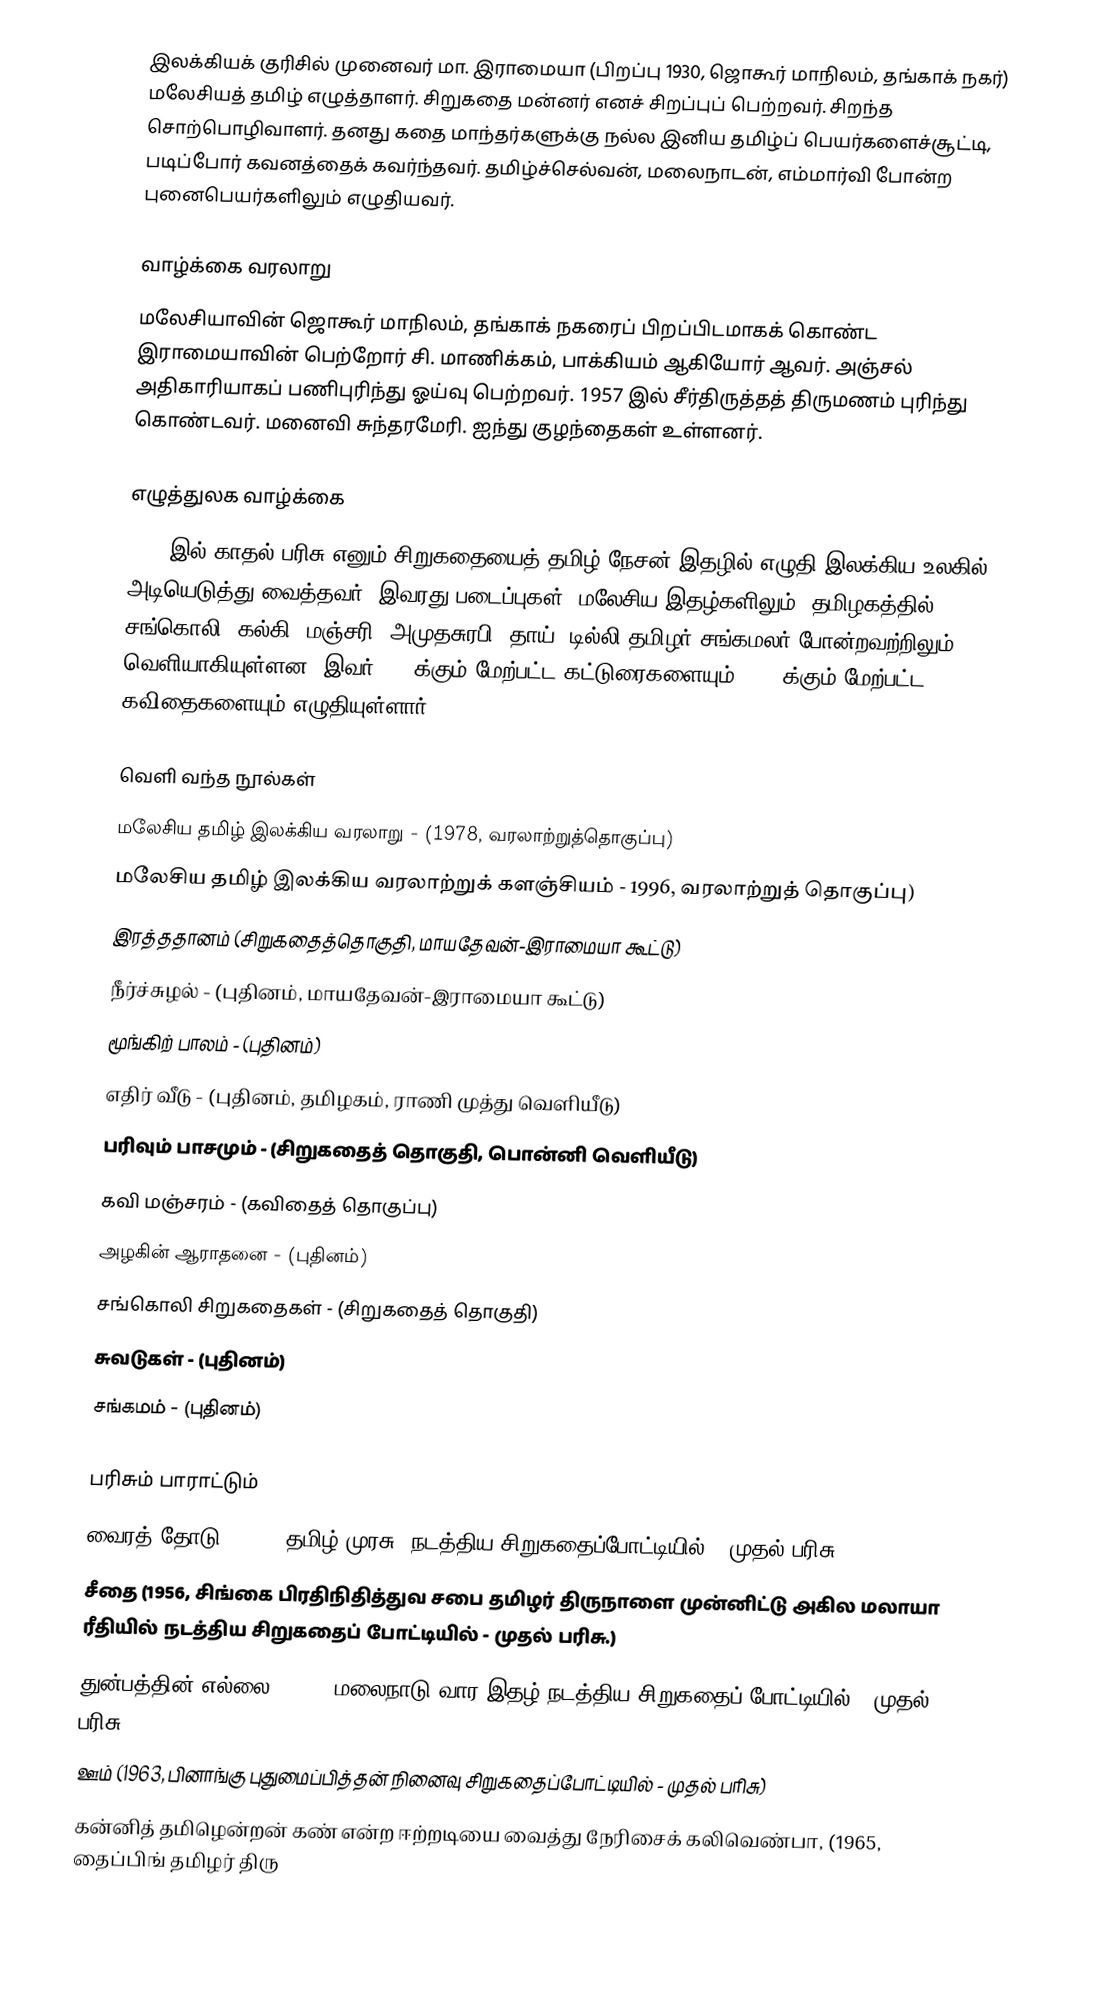
இலக்கியக் குரிசில் முனைவர் மா. இராமையா (பிறப்பு 1930, ஜொகூர் மாநிலம், தங்காக் நகர்) மலேசியத் தமிழ் எழுத்தாளர். சிறுகதை மன்னர் எனச் சிறப்புப் பெற்றவர். சிறந்த சொற்பொழிவாளர். தனது கதை மாந்தர்களுக்கு நல்ல இனிய தமிழ்ப் பெயர்களைச்சூட்டி, படிப்போர் கவனத்தைக் கவர்ந்தவர். தமிழ்ச்செல்வன், மலைநாடன், எம்மார்வி போன்ற புனைபெயர்களிலும் எழுதியவர்.

வாழ்க்கை வரலாறு
மலேசியாவின் ஜொகூர் மாநிலம், தங்காக் நகரைப் பிறப்பிடமாகக் கொண்ட இராமையாவின் பெற்றோர் சி. மாணிக்கம், பாக்கியம் ஆகியோர் ஆவர். அஞ்சல் அதிகாரியாகப் பணிபுரிந்து ஓய்வு பெற்றவர். 1957 இல் சீர்திருத்தத் திருமணம் புரிந்து கொண்டவர். மனைவி சுந்தரமேரி. ஐந்து குழந்தைகள் உள்ளனர்.

எழுத்துலக வாழ்க்கை
1946 இல் காதல் பரிசு எனும் சிறுகதையைத் தமிழ் நேசன் இதழில் எழுதி இலக்கிய உலகில் அடியெடுத்து வைத்தவர். இவரது படைப்புகள், மலேசிய இதழ்களிலும், தமிழகத்தில் சங்கொலி, கல்கி, மஞ்சரி, அமுதசுரபி, தாய், டில்லி தமிழர் சங்கமலர் போன்றவற்றிலும் வெளியாகியுள்ளன. இவர் 500 க்கும் மேற்பட்ட கட்டுரைகளையும், 100 க்கும் மேற்பட்ட கவிதைகளையும் எழுதியுள்ளார்.

வெளி வந்த நூல்கள்
 மலேசிய தமிழ் இலக்கிய வரலாறு - (1978, வரலாற்றுத்தொகுப்பு)
 மலேசிய தமிழ் இலக்கிய வரலாற்றுக் களஞ்சியம் - 1996, வரலாற்றுத் தொகுப்பு)
 இரத்ததானம் (சிறுகதைத்தொகுதி, மாயதேவன்-இராமையா கூட்டு)
 நீர்ச்சுழல் - (புதினம், மாயதேவன்-இராமையா கூட்டு)
 மூங்கிற் பாலம் - (புதினம்)
 எதிர் வீடு - (புதினம், தமிழகம், ராணி முத்து வெளியீடு)
 பரிவும் பாசமும் - (சிறுகதைத் தொகுதி, பொன்னி வெளியீடு)
 கவி மஞ்சரம் - (கவிதைத் தொகுப்பு)
 அழகின் ஆராதனை - (புதினம்)
 சங்கொலி சிறுகதைகள் - (சிறுகதைத் தொகுதி)
 சுவடுகள் - (புதினம்)
 சங்கமம் - (புதினம்)

பரிசும் பாராட்டும்
 வைரத் தோடு (1951, தமிழ் முரசு' நடத்திய சிறுகதைப்போட்டியில் - முதல் பரிசு.)
 சீதை (1956, சிங்கை பிரதிநிதித்துவ சபை தமிழர் திருநாளை முன்னிட்டு அகில மலாயா ரீதியில் நடத்திய சிறுகதைப் போட்டியில் - முதல் பரிசு.)
 துன்பத்தின் எல்லை (1963, மலைநாடு வார இதழ் நடத்திய சிறுகதைப் போட்டியில் - முதல் பரிசு.)
 ஊம் (1963, பினாங்கு புதுமைப்பித்தன் நினைவு சிறுகதைப்போட்டியில் - முதல் பரிசு)
 கன்னித் தமிழென்றன் கண் என்ற ஈற்றடியை வைத்து நேரிசைக் கலிவெண்பா, (1965, தைப்பிங் தமிழர் திரு